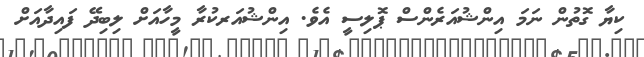
ކިޔާ ގޮތުން ނަމަ އިންޝުއަރެންސް ޕޮލިސީ އެވެ. އިންޝުއަރކުރާ މީހާއަށް ލިބިދޭ ފައިދާއަށް